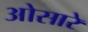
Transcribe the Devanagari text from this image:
ओसारे